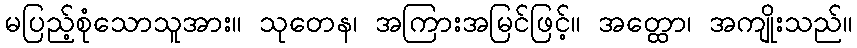
မပြည့်စုံသောသူအား။ သုတေန၊ အကြားအမြင်ဖြင့်။ အတ္ထော၊ အကျိုးသည်။